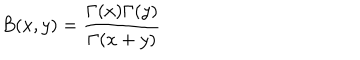
LaTeX: B ( x , y ) = { \frac { \Gamma ( x ) \Gamma ( y ) } { \Gamma ( x + y ) } }